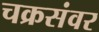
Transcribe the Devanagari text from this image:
चक्रसंवर